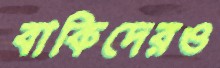
বাকিদেরও